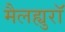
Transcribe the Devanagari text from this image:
मैलह्युरॉ